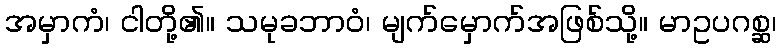
အမှာကံ၊ ငါတို့၏။ သမုခဘာဝံ၊ မျက်မှောက်အဖြစ်သို့။ မာဥပဂစ္ဆ၊